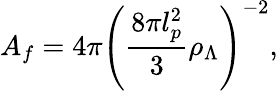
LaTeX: A_{f}=4\pi\left(\frac{8\pi l_{p}^{2}}{3}\rho_{\Lambda}\right)^{-2},